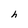
Character: h